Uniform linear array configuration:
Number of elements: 12
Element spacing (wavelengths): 0.25
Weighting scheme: binomial
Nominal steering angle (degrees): -15
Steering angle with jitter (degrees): -16.652
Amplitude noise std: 0.05
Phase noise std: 0.05

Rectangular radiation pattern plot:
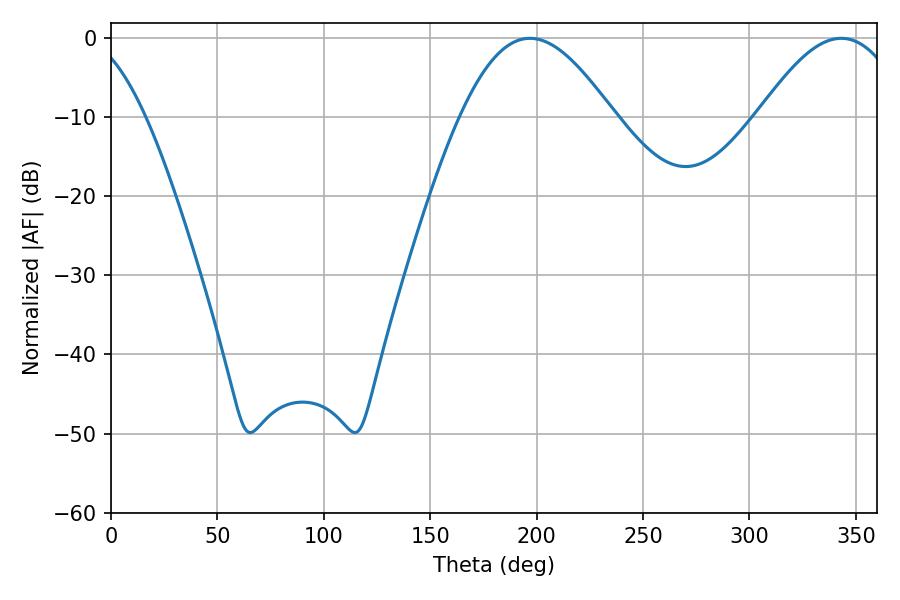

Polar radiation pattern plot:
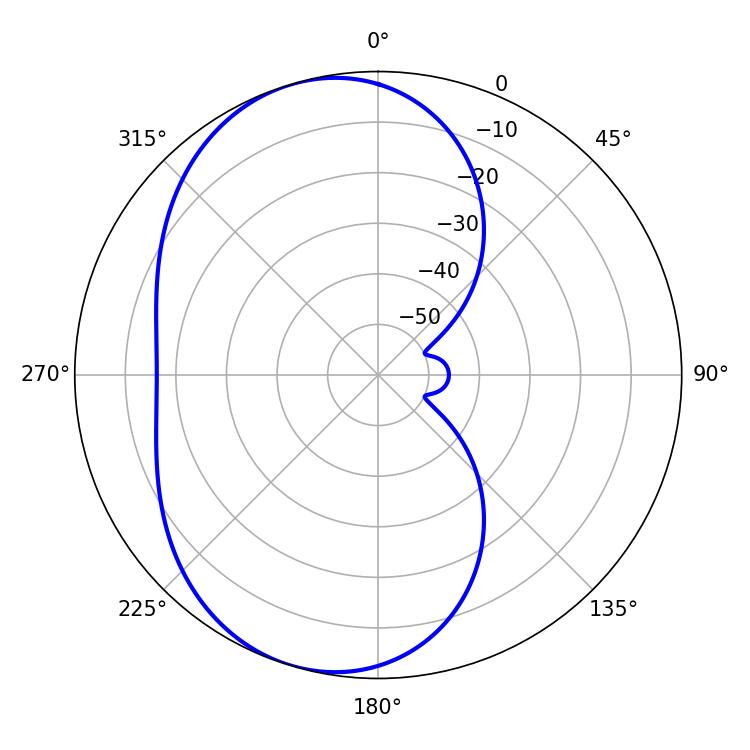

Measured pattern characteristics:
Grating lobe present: FALSE
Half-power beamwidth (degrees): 38.7
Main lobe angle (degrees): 196.92